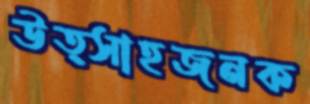
উত্সাহজনক